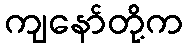
ကျနော်တို့က